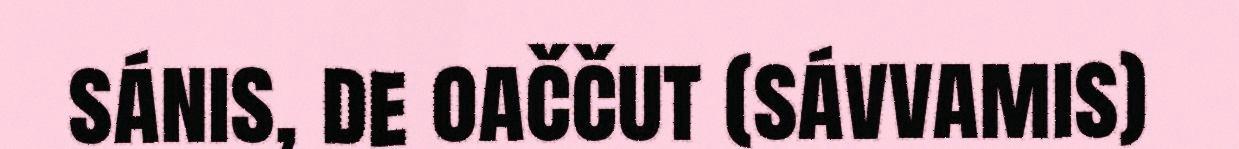
sánis, de oaččut (sávvamis)